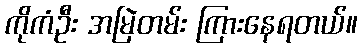
ကိုကံဦး အမြဲတမ်း ကြားနေရတယ်။